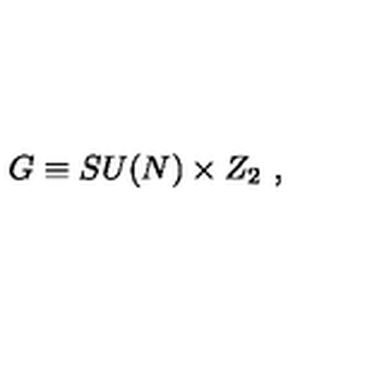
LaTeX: G \equiv S U ( N ) \times Z _ { 2 } \ ,